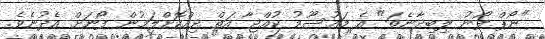
"ނޯޕް ފޯނު ލިބިދާނެތަ" އެ މައުސޫމު ކުއްޖާ އަތް ދިއްކޮށްލަމުން ފޯނަށް އެދުނެވެ.